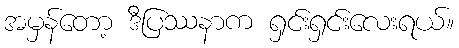
အမှန်တော့ ဒီပြဿနာက ရှင်းရှင်းလေးရယ်။